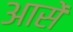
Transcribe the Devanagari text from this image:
आसें